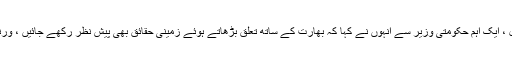
ایک سینئر صحافی کے بقول ، ایک اہم حکومتی وزیر سے انہوں نے کہا کہ بھارت کے ساتھ تعلق بڑھاتے ہوئے زمینی حقائق بھی پیش نظر رکھے جائیں ، ورنہ ”مسائل“ پیدا ہوجائیں گے۔